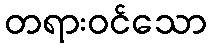
တရားဝင်သော